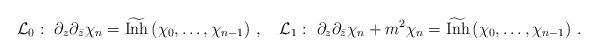
LaTeX: \begin{align*}{\cal L}_0:\,\, \partial_z\partial_{\bar{z}}\chi_n=\widetilde{\mbox{Inh}}\left(\chi_0,\ldots,\chi_{n-1}\right)\,,\quad {\cal L}_1:\,\, \partial_z\partial_{\bar{z}}\chi_n+m^2\chi_n=\widetilde{\mbox{Inh}}\left(\chi_0,\ldots,\chi_{n-1}\right)\,.\end{align*}